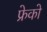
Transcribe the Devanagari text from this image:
फ्रेको